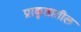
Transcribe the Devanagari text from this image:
प्राकृतातील